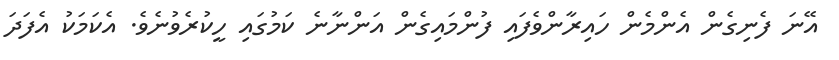
އޭނަ ފެނިގެން އެންމެން ހައިރާންވެފައި ފުންމައިގެން އަންނާނެ ކަމުގައި ހީކުރެވުނެވެ. އެކަމަކު އެފަދަ